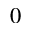
^ 0